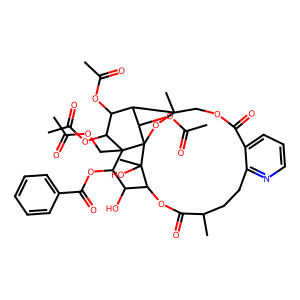
SMILES: CC(=O)OCC12C(OC(=O)c3ccccc3)C(O)C3OC(=O)C(C)CCc4ncccc4C(=O)OCC4(C)OC1(C(OC(C)=O)C4C(OC(C)=O)C2OC(C)=O)C3(C)O
Inhibits HIV replication: No